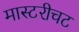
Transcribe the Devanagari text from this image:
मास्टरीचट